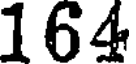
164